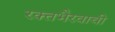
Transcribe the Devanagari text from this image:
रक्तभैरवाची